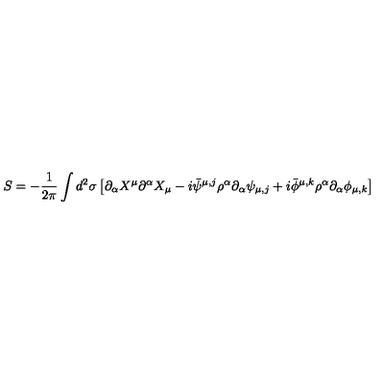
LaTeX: S = - \frac { 1 } { 2 \pi } \int d ^ { 2 } \sigma \left[ \partial _ { \alpha } X ^ { \mu } \partial ^ { \alpha } X _ { \mu } - i \bar { \psi } ^ { \mu , j } \rho ^ { \alpha } \partial _ { \alpha } \psi _ { \mu , j } + i \bar { \phi } ^ { \mu , k } \rho ^ { \alpha } \partial _ { \alpha } \phi _ { \mu , k } \right]